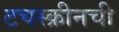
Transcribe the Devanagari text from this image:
टचस्क्रीनची